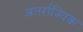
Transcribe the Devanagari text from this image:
अंतर्राज्यिक